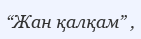
“Жан қалқам” ,